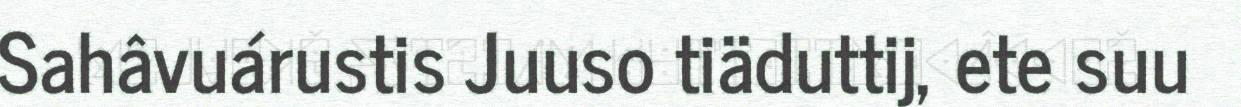
Sahâvuárustis Juuso tiäduttij, ete suu